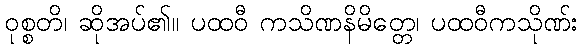
ဝုစ္စတိ၊ ဆိုအပ်၏။ ပထဝီ ကသိဏနိမိတ္တေ၊ ပထဝီကသိုဏ်း